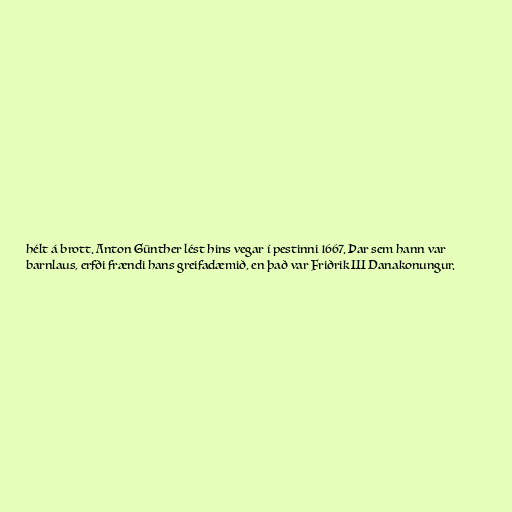
hélt á brott. Anton Günther lést hins vegar í pestinni 1667. Þar sem hann var
barnlaus, erfði frændi hans greifadæmið, en það var Friðrik III Danakonungur.